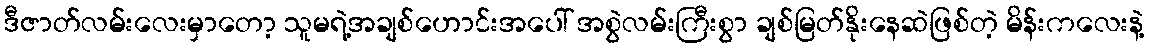
ဒီဇာတ်လမ်းလေးမှာတော့ သူမရဲ့အချစ်ဟောင်းအပေါ် အစွဲလမ်းကြီးစွာ ချစ်မြတ်နိုးနေဆဲဖြစ်တဲ့ မိန်းကလေးနဲ့